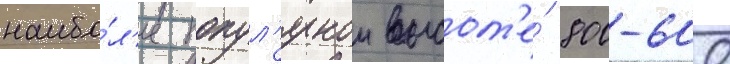
наибо́л'ее попул'ярнои высот'е́ 800-600